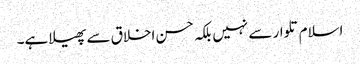
اسلام تلوار سے نہیں بلکہ حسن اخلاق سے پھیلا ہے۔